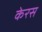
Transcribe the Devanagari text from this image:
केरस